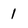
Character: 1